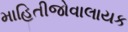
માહિતીજોવાલાયક